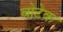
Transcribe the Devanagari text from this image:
बोटेक